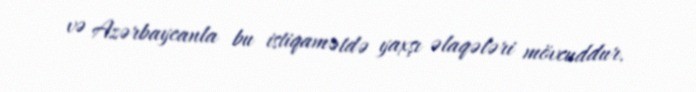
və Azərbaycanla bu istiqamətdə yaxşı əlaqələri mövcuddur.